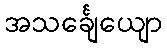
အသင်္ချေယျော